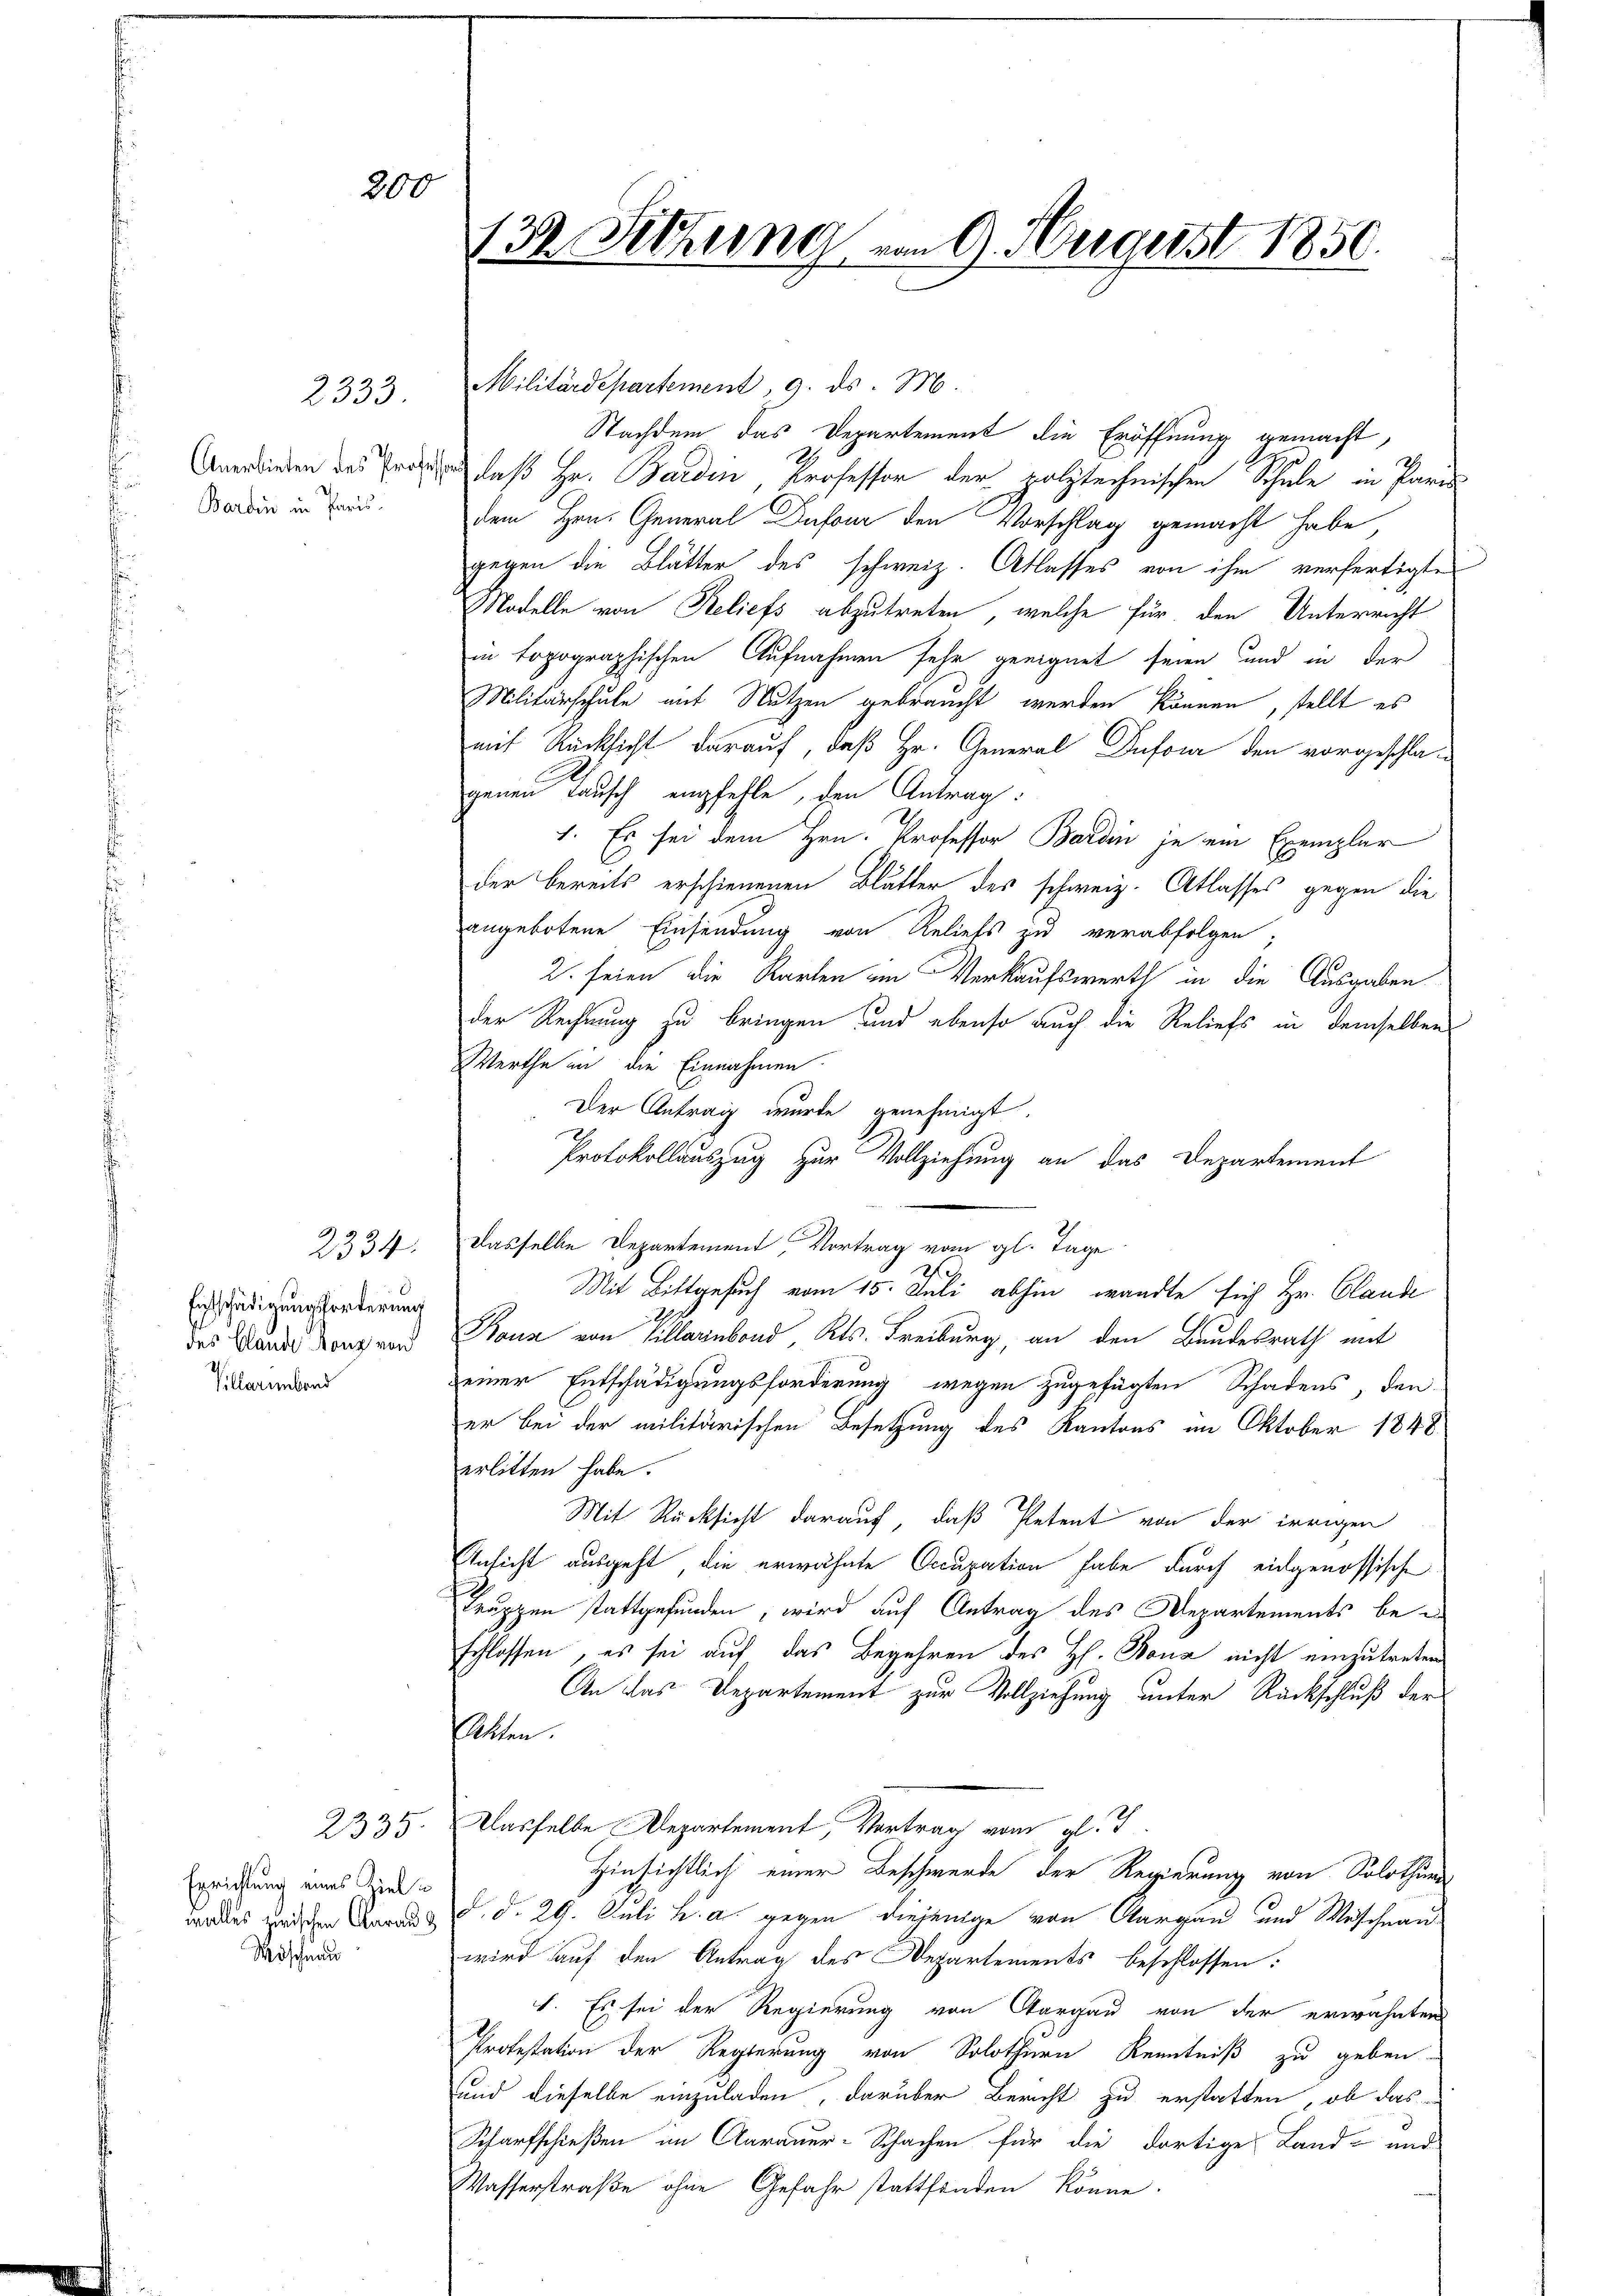
200

Bardin in Paris

2333

2334.
Entschädigungsforderung
des Blande Tanz von
Pillerebend

2335.
Errichtung eines Ziel
walles zwischen Aaraus
Möschnau

Militärdepartement 9. ds. M.
Nachdem das Departement die Eröffnung gemacht,
Anrieden des Er daß Hr. Baden Professor der polytechnischen Schule in Paris
dem Hrn. General Dufour den Vorschlag gemacht habe,
gegen die Blätter des schweiz. Atlasses von ihm verfertigte
Modelle von Reliefs abzutreten, welche für den Unterricht
in topographischen Aufnahmen sehr geeignet seien und in der
Militärschule mit Nutzen gebraucht werden können, stellt es
mit Rücksicht darauf, daß Hr. General Dufour den vorgeschlagenen Tausch empfehle, den Antrag:
1. Es sei dem Hrn. Professor Bardin je ein Exemplar
der bereits erschienenen Blutter des schweiz. Atlasses gegen die
angebotene Einsendung von Reliefs zu verabfolgen;
2. seien die Karten im Verkaufswerth in die Ausgaben
der Rechnung zu bringen und ebenso auch die Reliefs in demselben
Werthe in die Einnahmen
Der Antrag wurde genehmigt.
Protokollauszug zur Vollziehung an das Departement
Dasselbe Departement, Vortrag vom gl. Tage
r
Mit Bittgesuch vom 15. Juli abhin, wandte sich Hr. Claude
Bauz von Villainbond, Kts. Freiburg, an den Bundesrath mit
einer Entschädigungsforderung wegen zugefügten Schadens, den
er bei der militärischen Besetzung des Kantons im Oktober 1848.
erlitten habe.
Mit Rücksicht darauf, daß Petent von der irrigen
Ansicht ausgeht, die erwähnte Occupation habe durch eidgenössische
Truppen stattgefunden, wird auf Antrag des Departements beschlossen, es sei auf das Begehren des H. Bona nicht einzutreten
An das Departement zur Vollziehung unter Rückschluß der
Petten.
Dasselbe Departement, Vortrag vom gl. J
Hinsichtlich einer Beschwerde der Regierung von Solothur
d. d. 29. Juli h. a. gegen diejenige von Aargau und Waschnanwird auf den Antrag des Departements beschlossen:
1. Es sei der Regierung von Aargau von der erwähnten
Protestation der Regierung von Solothurn Kenntniß zu geben
und dieselbe einzuladen, darüber Bericht zu erstatten, ob das
Scharfschießen im Aarauer-Schachen für die dortige Land- und
Wasserstraße ohne Gefahr stattfinden könne.

132. Sitzung von 9. Aergerst 1850.